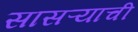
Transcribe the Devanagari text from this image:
सासऱ्याची